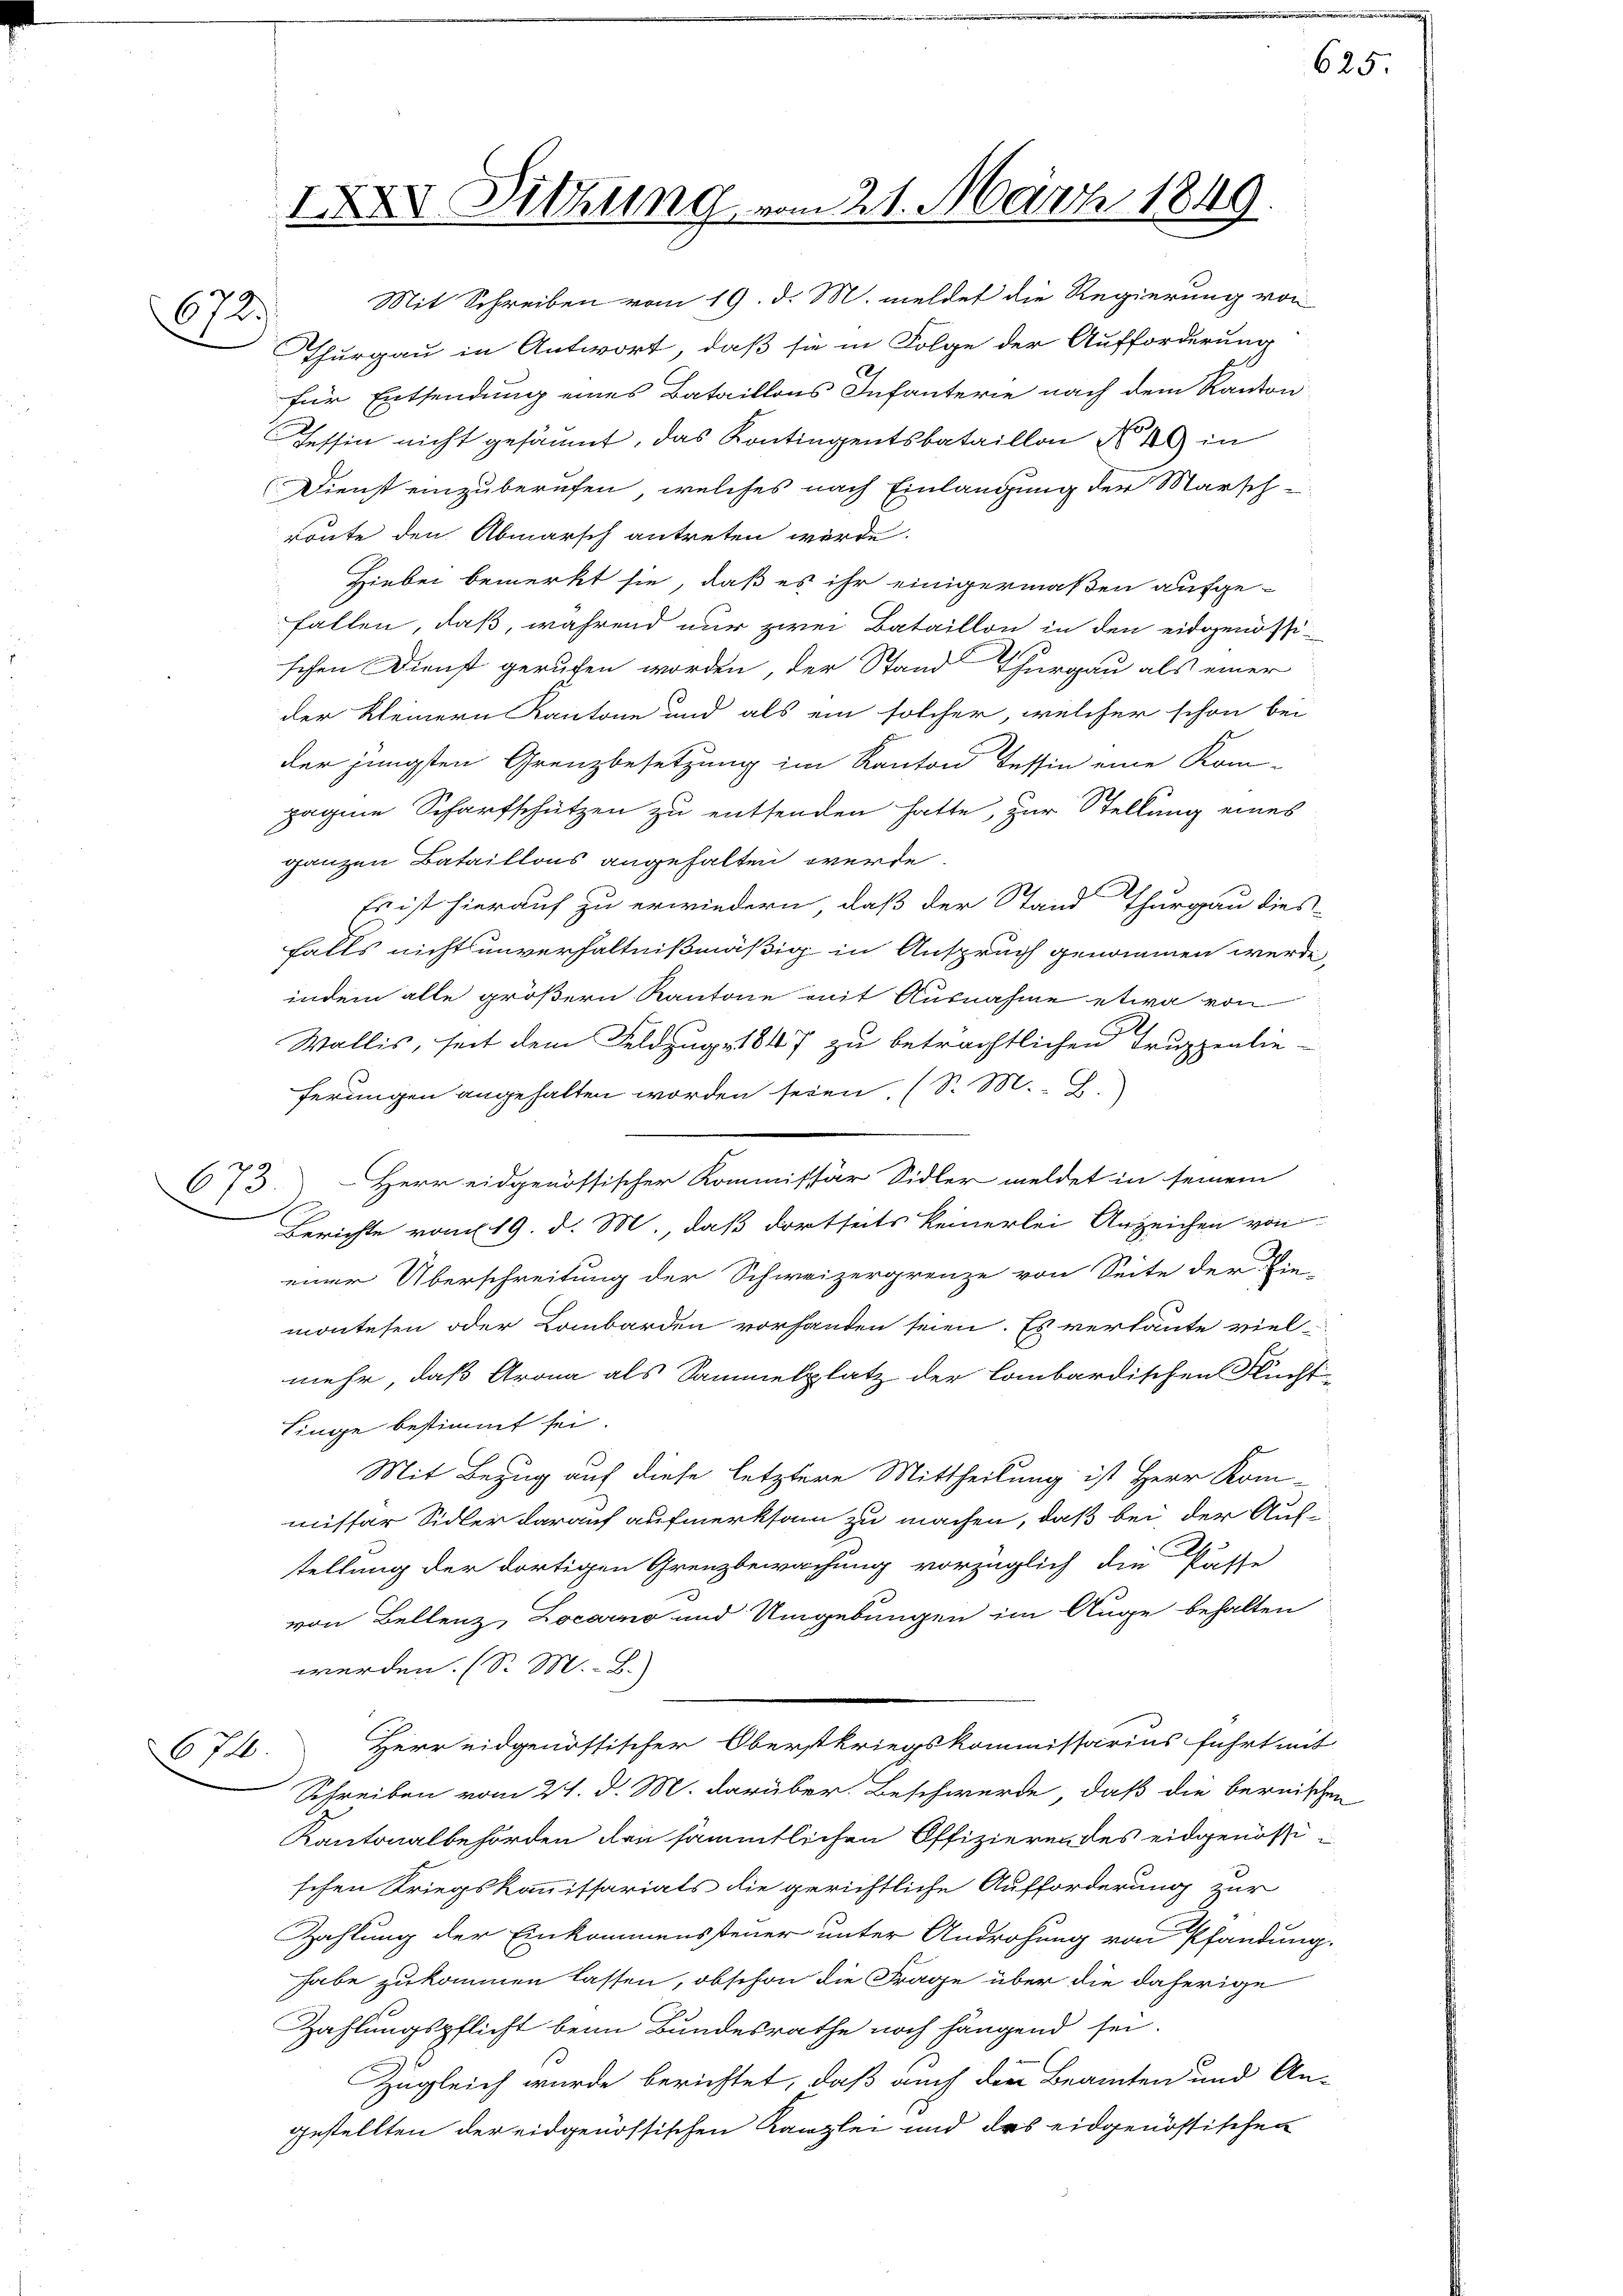
IXXV Sitzung vom 21. März 1849

673.)

.

Mit Schreiben vom 19. d. M. meldet die Regierung von
Thurgau in Antwort, daß sie in Folge der Aufforderung
für Entsendung eines Bataillons Infanterie nach dem Kanton
Tessin nicht gesäumt, das Kontingentsbataillon No 49 in
Dienst einzuberufen, welches nach Einlangung der Marsch
route den Abmarsch antreten werde.
Hiebei bemerkt sie, daß es ihr einigermaßen aufge-
fallen, daß, während nur zwei Bataillon in den eidgenössischen Dienst gerufen worden, der Stand Thurgau als einer
der Kleinern Kantone und als ein solcher, welcher schon bei
der jüngsten Grenzbesetzung im Kanton Tessin eine Kom-
zagene Scharfschützen zu entsenden hatte, zur Stellung eines
ganzen Bataillons angehalten werde.
Es ist hierauf zu erwiedern, daß der Stand Thurgau dies-
falls nichts unverhältnißmäßig in Anspruch genommen werde,
indem alle größern Kantone mit Ausnahme etwa von
Wallis, seit dem Feldzug 1847 zu beträchtlichen Truppenlie-
ferungen angehalten worden seien. (S. M. B.
673. Herr eidgenössischer Kommissär Sidler meldet in seinem
Berichte vom 19. d. M., daß dortseits keinerlei Anzeichen von
einer Überschreitung der Schweizergrenze von Seite der Die-
montesen oder Lombarden vorhanden seien. Es verläute viel
mehr, daß Arona als Sammelplatz der lombardischen Flücht-
linge bestimmt sei.
Mit Bezug auf diese letztere Mittheilung ist Herr Kom-
missar Sidler darauf aufmerksam zu machen, daß bei der Aus-
tellung der dortigen Grenzbewachung vorzüglich die Pässe
von Bellenz, Locarno und Umgebungen im Auge behalten
werden. (S. M. B.)
Herr eidgenössischer Oberstkriegskommissarius führt mit
674.
Schreiben vom 21. d. M. darüber. Beschwerde, daß die bernischen
Kantonalbehörden den sämmtlichen Offizieren des eidgenössischen Kriegskommissarials die gerichtliche Aufforderung zur
Zahlung der Einkommenssteuer unter Androhung von Pfandung,
habe zukommen lassen, obschon die Frage über die daherige
Zahlungspflicht beim Bundesrathe noch hängend sei.
Zugleich wurde berichtet, daß auch der Beamten und An-
gestellten der eidgenössischen Kanzlei und des eidgenössischen

625.